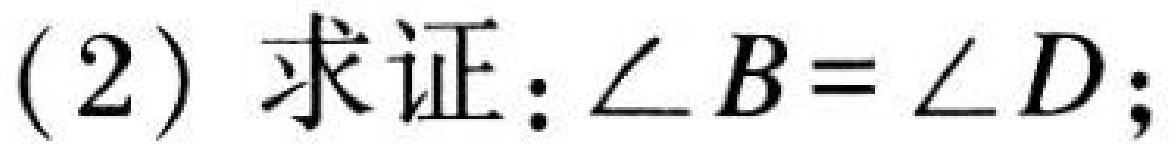
(2)求证：\(\angle B=\angle D\);